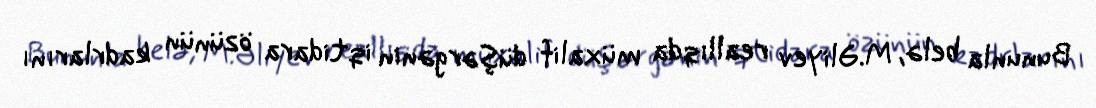
Bununla belə, M.Əliyev reallıqda müxalif düşərgənin iqtidara özünün kadrlarını